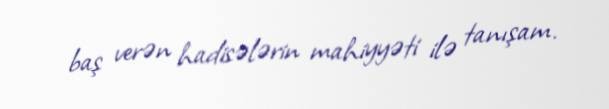
baş verən hadisələrin mahiyyəti ilə tanışam.